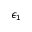
\epsilon _ { 1 }